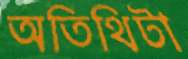
অতিথিটা